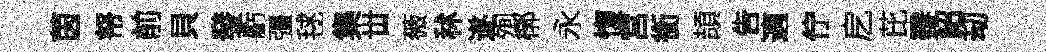
茵帑前貝發虧彊毬集丗薇秫遂殉槨永愎宫銜頡告適佇戹芘霽紹刧